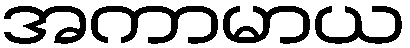
အကာမာယ